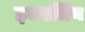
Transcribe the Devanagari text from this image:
इमरजिंग